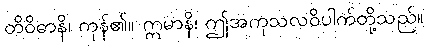
တိဝိဓာနိ၊ ကုန်၏။ ဣမာနိ၊ ဤအကုသလဝိပါက်တို့သည်။